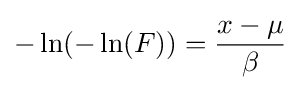
-\ln(-\ln(F))={\frac {x-\mu }{\beta }}